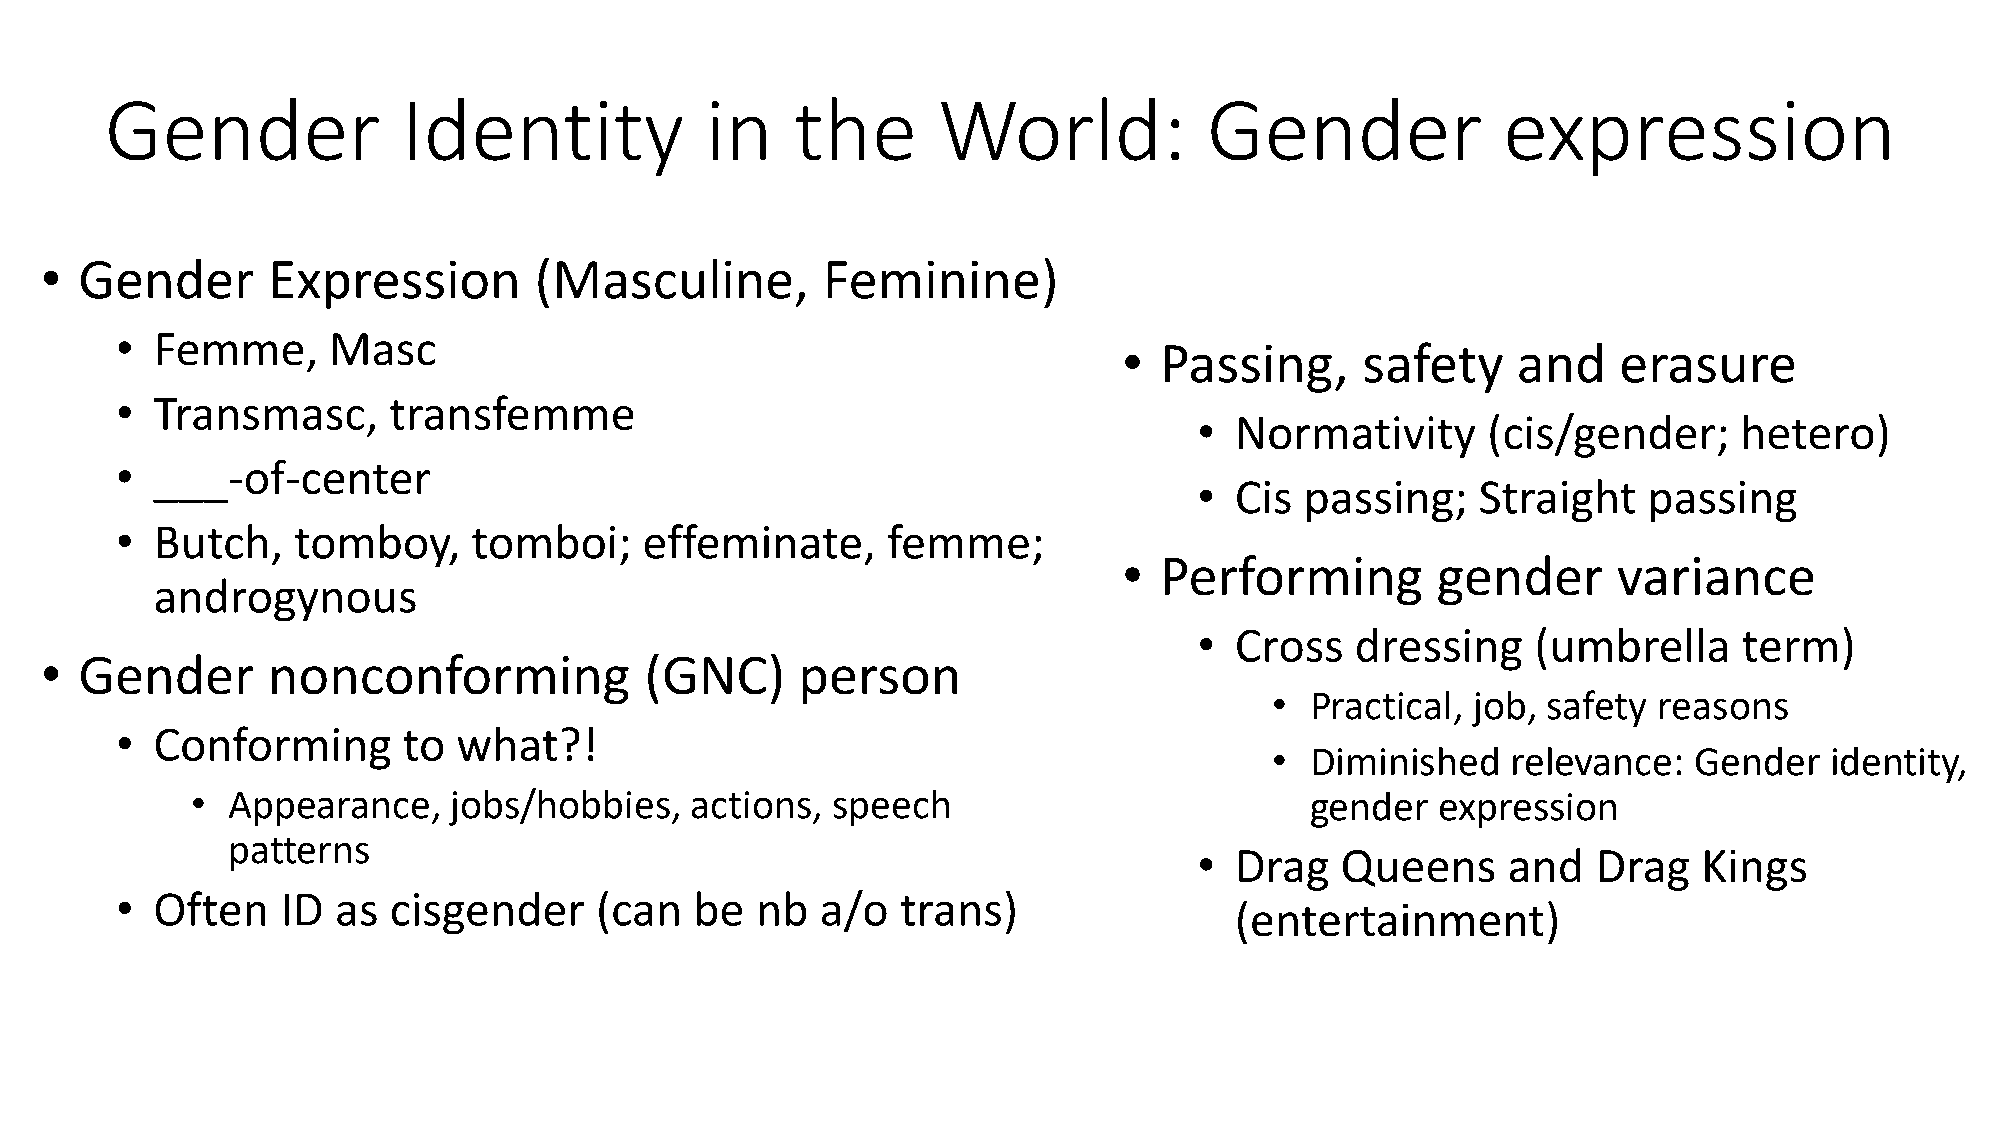
Gender              Identity            in    the      World:            Gender             expression
 • Gender       Expression       (Masculine,        Feminine)
 • Femme,      Masc
 •  Passing,     safety    and    erasure
 • Transmasc,      transfemme
 •  Normativity     (cis/gender;     hetero)
 • ___-of-center
 •  Cis passing;    Straight   passing
 • Butch,   tomboy,     tomboi;     effeminate,     femme;
 •  Performing        gender      variance
 androgynous
 •  Cross   dressing    (umbrella    term)
 • Gender       nonconforming            (GNC)     person
 •  Practical, job, safety reasons
 • Conforming       to what?!
 •  Diminished   relevance:  Gender   identity,
 • Appearance,    jobs/hobbies,   actions, speech                          gender  expression
 patterns
 •  Drag   Queens     and   Drag   Kings
 • Often    ID as  cisgender    (can   be  nb  a/o   trans)
 (entertainment)